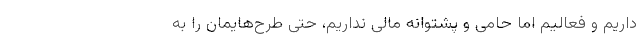
داریم و فعالیم اما حامی و پشتوانه مالی نداریم، حتی طرح‌هایمان را به